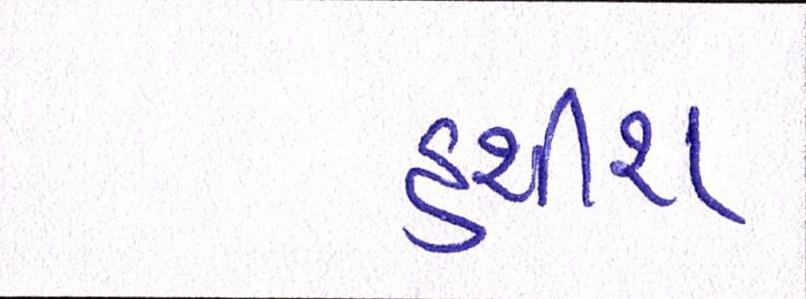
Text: હશીશ